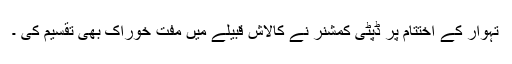
تہوار کے اختتام پر ڈپٹی کمشنر نے کالاش قبیلے میں مفت خوراک بھی تقسیم کی ۔